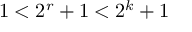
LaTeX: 1 < 2 ^ { r } + 1 < 2 ^ { k } + 1